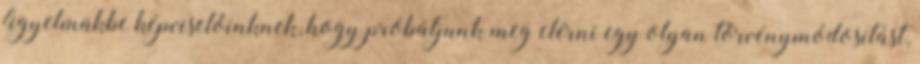
figyelmükbe képviselőinknek, hogy próbáljunk meg elérni egy olyan törvénymódosítást,